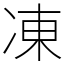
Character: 凍